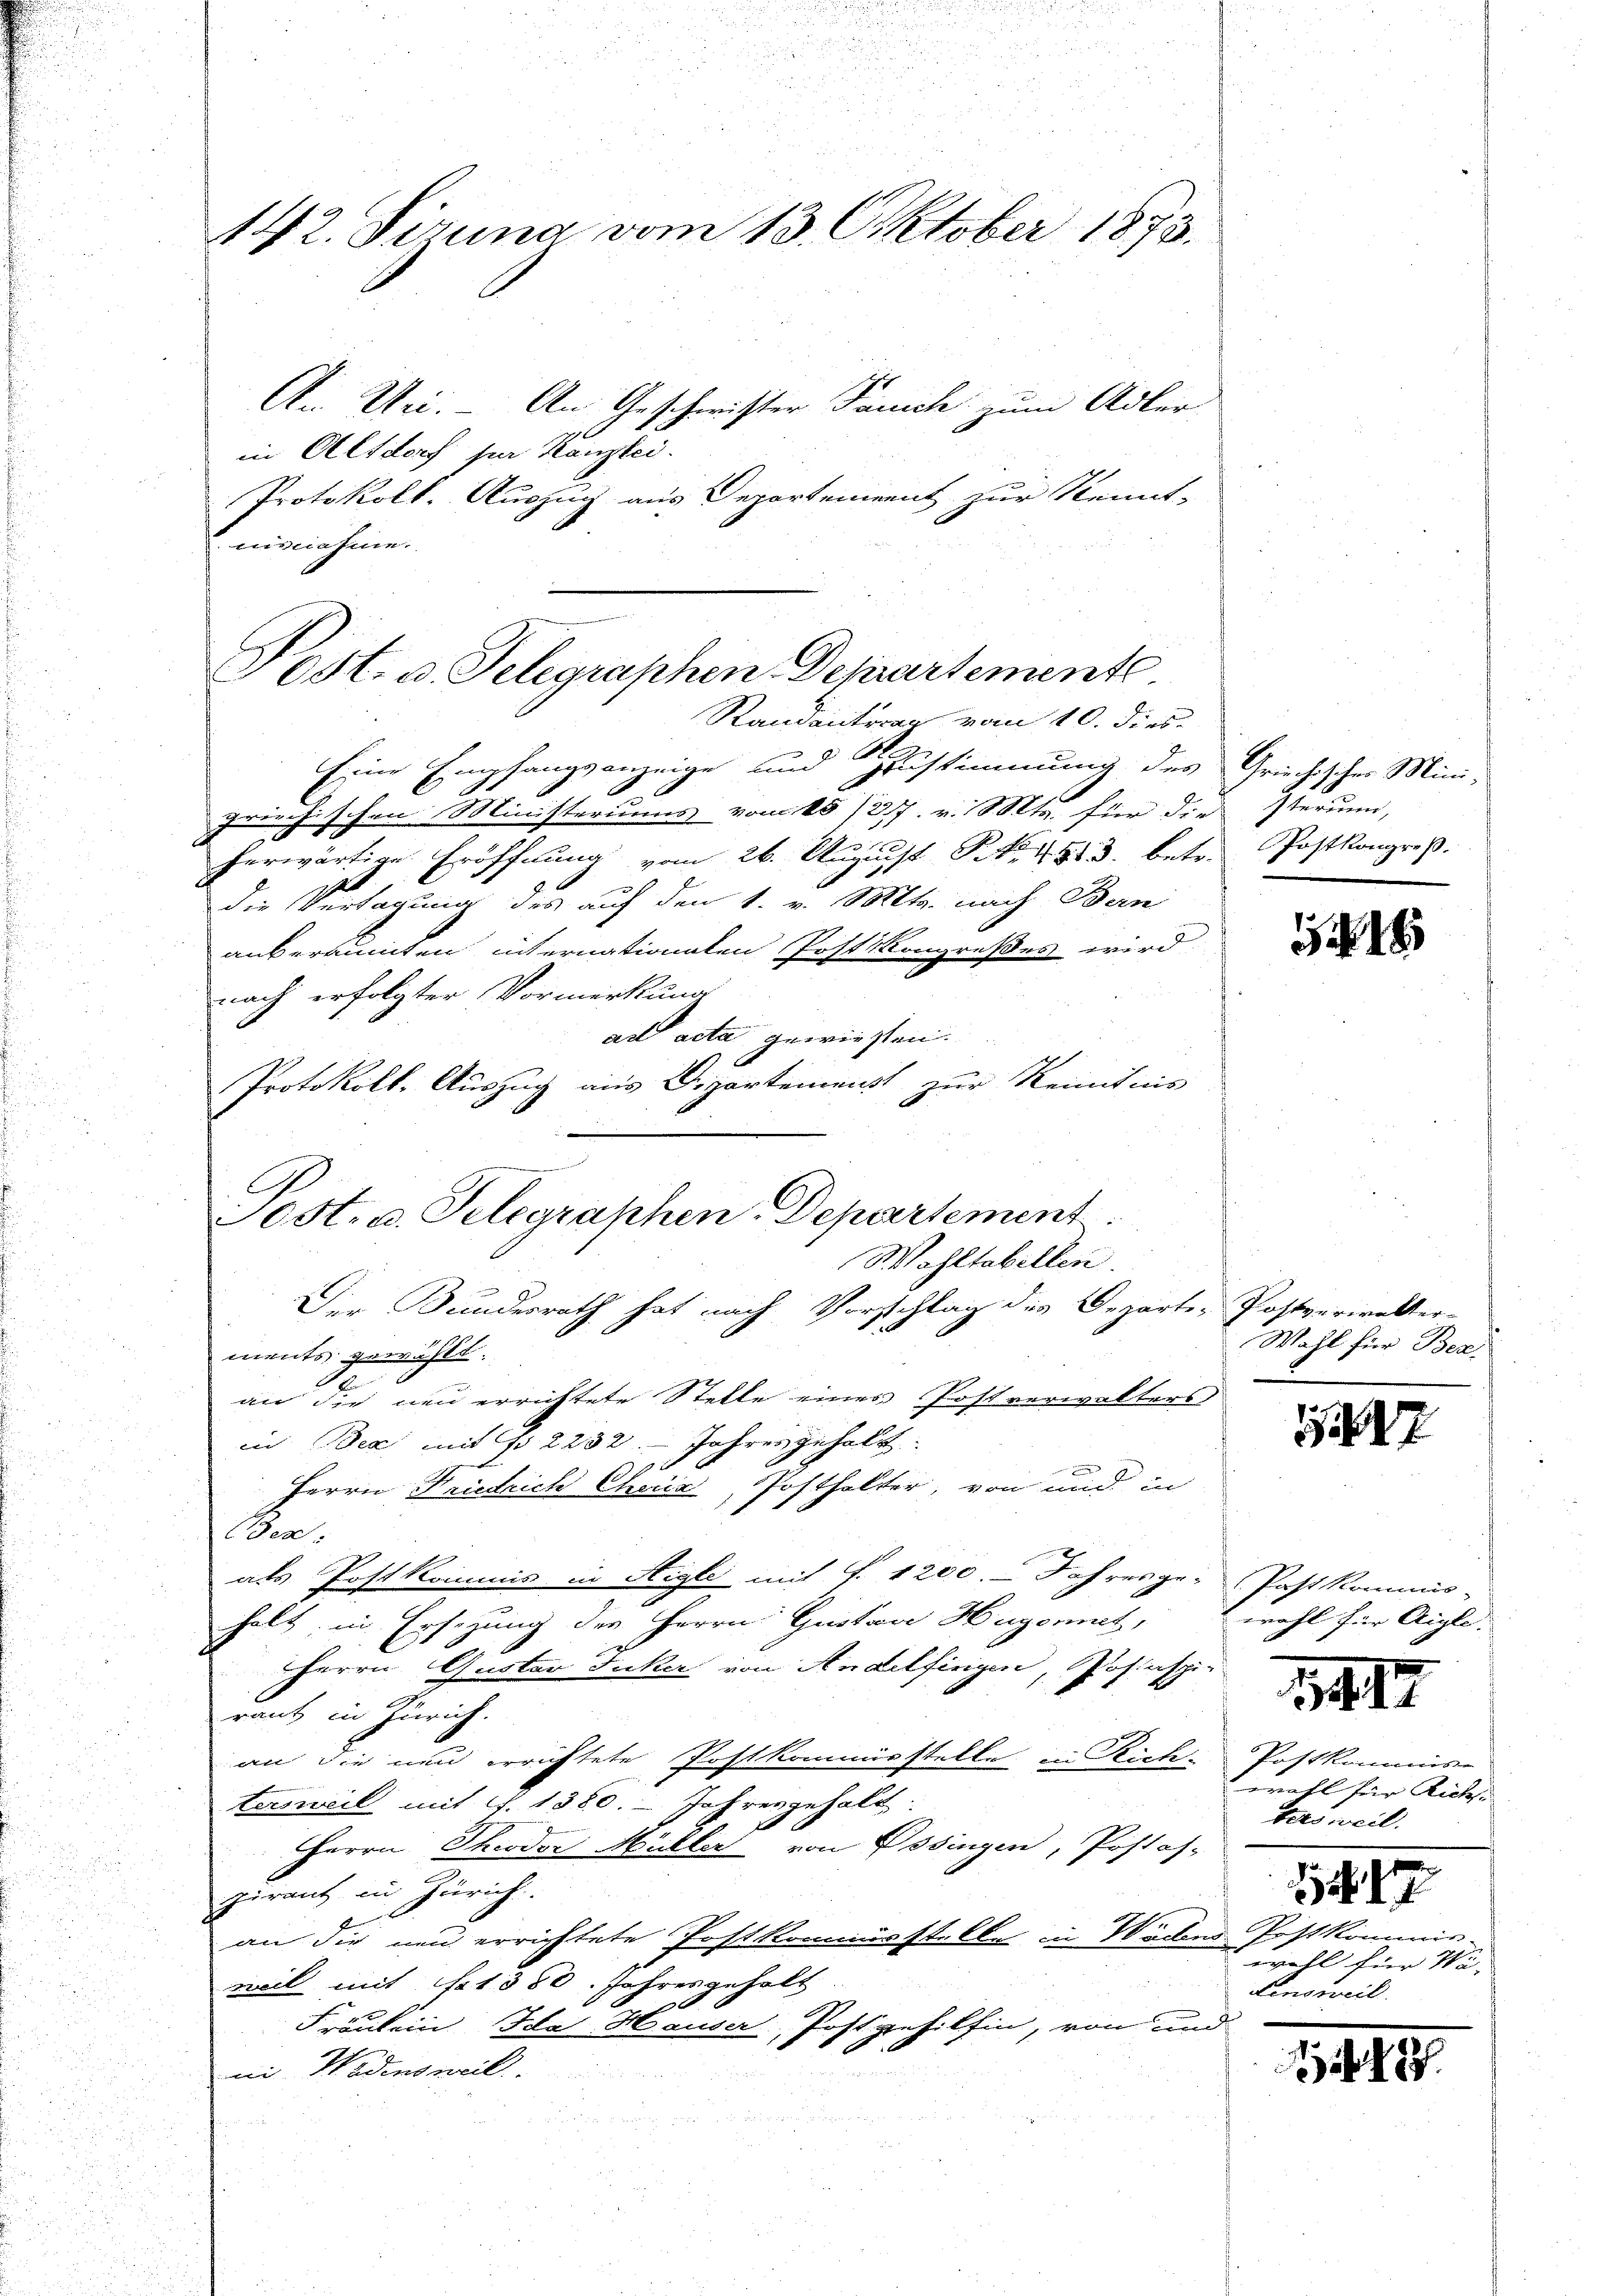
142. Sirung vom 13. Oktober 1873.
An Uri. An Geschwister Famich zum Adler

in Altdorf zur Kanzlei.
Protokoll- Auszug aus Departement zur Kennt-
isnahme.

Post. v. Telegraphen Departemente
Randantrag vom 10. dies

Eine Empfangsanzeige und Zustimmung des Griechischer Mini-
griechischen Ministeriums vom 15./27. v. Mts. für die sterum,
herwärtige Eröffnung vom 26. August S. 4813. betr. Postkongreß
i
die Vertagung des auf den 1. v. Mts. nach Ban
anberaumten internationaten Postkongreßes wird
nach erfolgter Vormerkung
ad acta gewiesten.
Protokoll, Auszug aus Departemenst zur Kenntnis
Wohltabellen.
Der Bundesrath hat nach Vorschlag des Departe Postverwalter-
ments gewählt.
an die neu errichtete Stelle eines Postverwalters
in Bex mit No 2232. Jahres gehalt.
u
.
Herrn Friedrich Choriz, Posthalter, von und in
Pace.
als Postkommis in Aigle mit §. 1200. - Jahresge-Past kommis-
halt in Ersezung der Herrn Gustav Hugonnet,
Herrn Guster Jucker von Andelfingen, Posaspi-
raut in Zürich.
an die neu errichtete Postkommisstelle in Riete.
tersweil mit S. 1380. - Jahresgehalt.
Herrn Theodor Müller von Ossingen, Postos-
pirant in Zürich.
an die neu errichtete Postkommisstelle in Wädens Postkommis-
weil mit hat 350. Jahresgeholt

Fräulein Ida Hauser, Postgehilfin, von und
1
ni Wadensweil

i

C
ost. v. Telegraphen Departement

5 18

Wahl für Bez.

17

wohl für Aigle.

1417

Postkommis-
wahl für Richs
Felsweil.
1
wohl für Wa
Linsweil

48